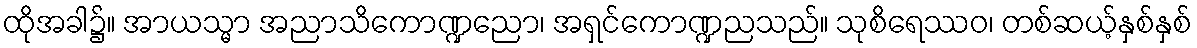
ထိုအခါ၌။ အာယသ္မာ အညာသိကောဏ္ဍညော၊ အရှင်ကောဏ္ဍညသည်။ သုစိရေဿဝ၊ တစ်ဆယ့်နှစ်နှစ်